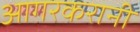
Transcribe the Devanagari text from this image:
आगरकरानी